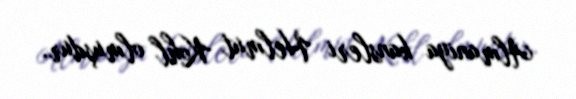
Almaniya kansleri Helmut Kohl olmuşdur.